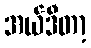
အယ်ဒီတာ့